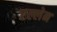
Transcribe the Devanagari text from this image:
एल्लेन